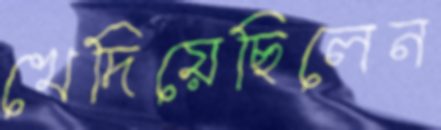
খেদিয়েছিলেন